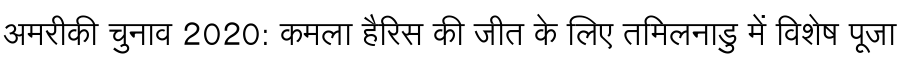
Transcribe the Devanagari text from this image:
अमरीकी चुनाव 2020: कमला हैरिस की जीत के लिए तमिलनाडु में विशेष पूजा